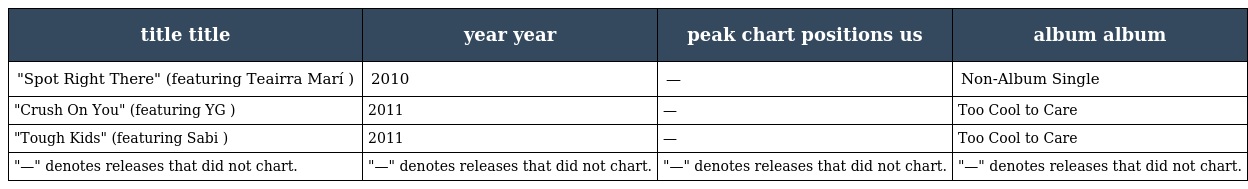
| title title | year year | peak chart positions us | album album |
 | --- | --- | --- | --- |
 | "Spot Right There" (featuring Teairra Marí ) | 2010 | — | Non-Album Single |
 | "Crush On You" (featuring YG ) | 2011 | — | Too Cool to Care |
 | "Tough Kids" (featuring Sabi ) | 2011 | — | Too Cool to Care |
 | "—" denotes releases that did not chart. | "—" denotes releases that did not chart. | "—" denotes releases that did not chart. | "—" denotes releases that did not chart. |